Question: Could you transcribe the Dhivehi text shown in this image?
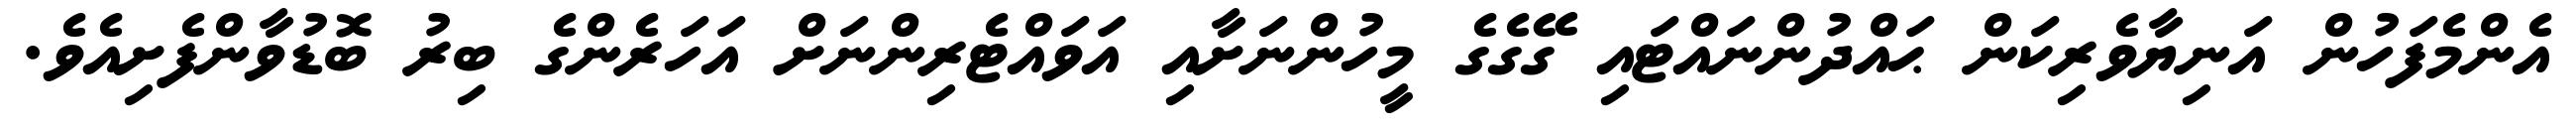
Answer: އެންމެފަހުން އަނިޔާވެރިކަން ޙައްދުންނައްޓައި ގޭގެގެ މީހުންނަށާއި އަވައްޓެރިންނަށް އަހަރެންގެ ބިރު ބޮޑުވާންފެށިއެވެ.